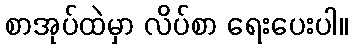
စာအုပ်ထဲမှာ လိပ်စာ ရေးပေးပါ။